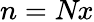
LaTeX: n=\textit{Nx}